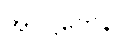
အဝဋ္ဌိတေန